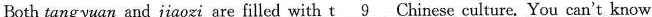
Both tangyuan and jiaozi are filled with \underline{t9} Chinese culture. You can't know